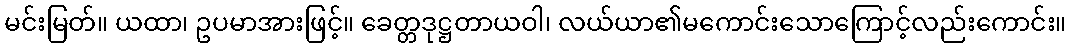
မင်းမြတ်။ ယထာ၊ ဥပမာအားဖြင့်။ ခေတ္တဒုဋ္ဌတာယဝါ၊ လယ်ယာ၏မကောင်းသောကြောင့်လည်းကောင်း။